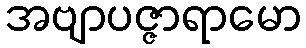
အဗျာပဇ္ဇာရာမော